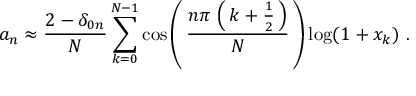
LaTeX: a _ { n } \approx { \frac { 2 - \delta _ { 0 n } } { N } } \sum _ { k = 0 } ^ { N - 1 } \cos \left( \, { \frac { n \pi \, \left( \, k + { \frac { 1 } { 2 } } \, \right) } { N } } \, \right) \log ( 1 + x _ { k } ) ~ .